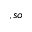
, s o